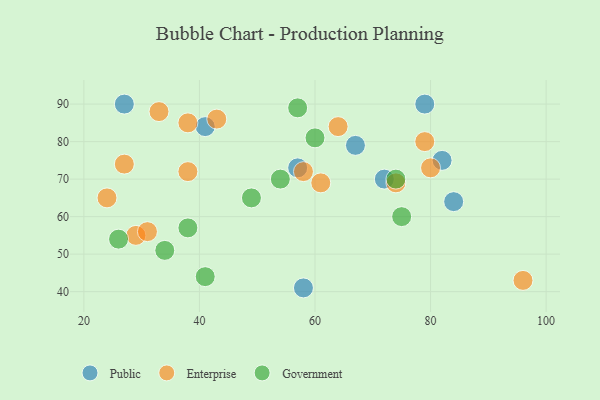
{"axis": {"x": "GDP", "y": "Life Expectancy"}, "legend": ["Enterprise", "Government", "Public"], "data": [{"x": "27", "y": 90, "type": "Public"}, {"x": "58", "y": 41, "type": "Public"}, {"x": "57", "y": 73, "type": "Public"}, {"x": "41", "y": 84, "type": "Public"}, {"x": "79", "y": 90, "type": "Public"}, {"x": "82", "y": 75, "type": "Public"}, {"x": "67", "y": 79, "type": "Public"}, {"x": "72", "y": 70, "type": "Public"}, {"x": "84", "y": 64, "type": "Public"}, {"x": "58", "y": 72, "type": "Enterprise"}, {"x": "43", "y": 86, "type": "Enterprise"}, {"x": "33", "y": 88, "type": "Enterprise"}, {"x": "24", "y": 65, "type": "Enterprise"}, {"x": "38", "y": 85, "type": "Enterprise"}, {"x": "96", "y": 43, "type": "Enterprise"}, {"x": "29", "y": 55, "type": "Enterprise"}, {"x": "61", "y": 69, "type": "Enterprise"}, {"x": "79", "y": 80, "type": "Enterprise"}, {"x": "27", "y": 74, "type": "Enterprise"}, {"x": "31", "y": 56, "type": "Enterprise"}, {"x": "64", "y": 84, "type": "Enterprise"}, {"x": "74", "y": 69, "type": "Enterprise"}, {"x": "38", "y": 72, "type": "Enterprise"}, {"x": "80", "y": 73, "type": "Enterprise"}, {"x": "74", "y": 70, "type": "Government"}, {"x": "38", "y": 57, "type": "Government"}, {"x": "75", "y": 60, "type": "Government"}, {"x": "60", "y": 81, "type": "Government"}, {"x": "57", "y": 89, "type": "Government"}, {"x": "49", "y": 65, "type": "Government"}, {"x": "26", "y": 54, "type": "Government"}, {"x": "41", "y": 44, "type": "Government"}, {"x": "54", "y": 70, "type": "Government"}, {"x": "34", "y": 51, "type": "Government"}]}